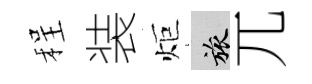
程装炬旅兀